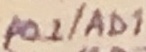
Text: P0.1/AD1